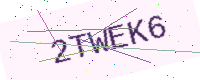
Text: 2TWEK6